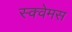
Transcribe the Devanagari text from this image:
स्क्वेमस